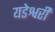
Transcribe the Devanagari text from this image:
यडेश्वरी